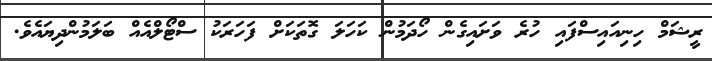
ރީޝަމް ހިނިއައިސްފައި ހުރެ ވަށައިގެން ހޯދަމުން ކަހަލަ ގޮތަކަށް ފަހަރަކު ސްޓޯލްއެއް ބަލަމުންދިޔައެވެ.